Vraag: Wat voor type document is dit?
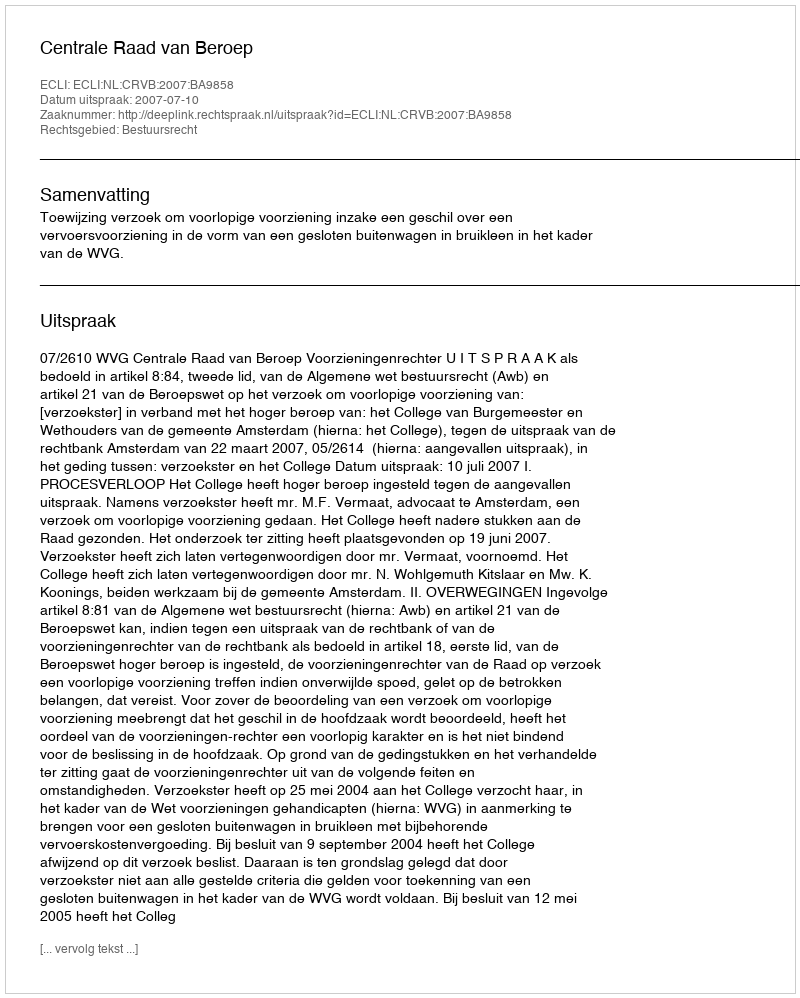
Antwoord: Uitspraak